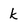
Character: k